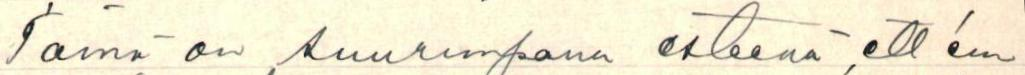
Tämä on suurimpana esteenä, ett'em